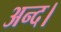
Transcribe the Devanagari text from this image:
अन्द।